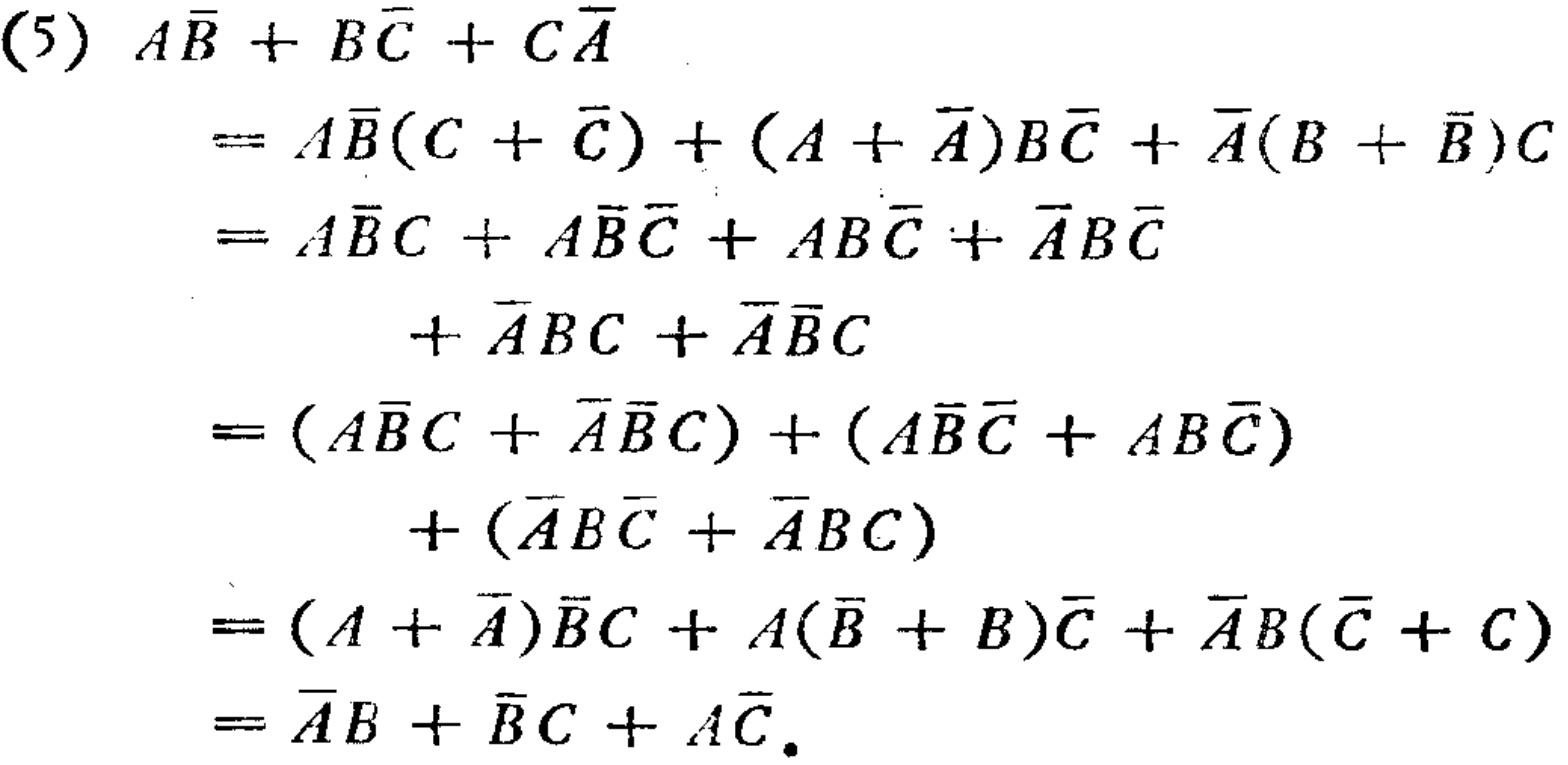
\begin{align*}

&(5)\ A\overline{B}+B\overline{C}+C\overline{A}\\

&=A\overline{B}(C + \overline{C})+(A+\overline{A})B\overline{C}+\overline{A}(B + \overline{B})C\\

&=A\overline{B}C+A\overline{B}\overline{C}+AB\overline{C}+\overline{A}B\overline{C}\\

&\quad\quad+\overline{A}BC+\overline{A}\overline{B}C\\

&=(A\overline{B}C+\overline{A}\overline{B}C)+(A\overline{B}\overline{C}+AB\overline{C})\\

&\quad\quad+(\overline{A}B\overline{C}+\overline{A}BC)\\

&=(A + \overline{A})\overline{B}C+A(\overline{B}+B)\overline{C}+\overline{A}B(\overline{C}+C)\\

&=\overline{A}B+\overline{B}C+A\overline{C}.

\end{align*}